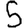
Digit: 5